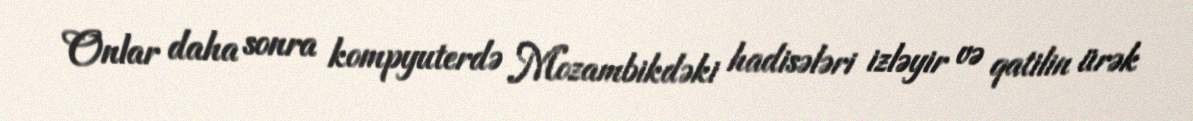
Onlar daha sonra kompyuterdə Mozambikdəki hadisələri izləyir və qatilin ürək